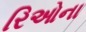
રિઓના